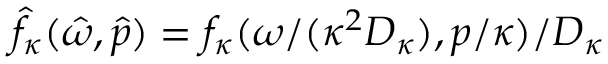
\hat { f } _ { \kappa } ( \hat { \omega } , \hat { p } ) = f _ { \kappa } ( \omega / ( \kappa ^ { 2 } D _ { \kappa } ) , p / \kappa ) / D _ { \kappa }